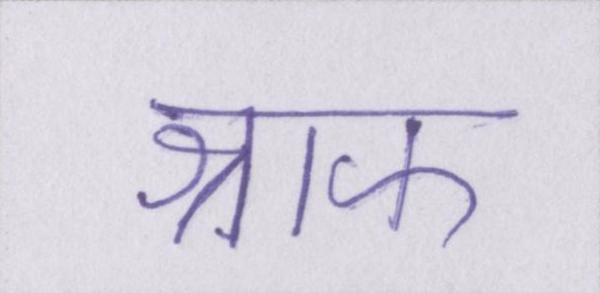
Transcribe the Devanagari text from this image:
श्राफ